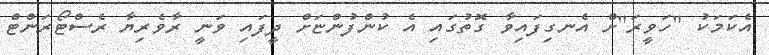
އެކަމަކު "ހަވީރަ"ށް އެނގިފައިވާ ގޮތުގައި އެ ކުންފުންޏަށް ދީފައި ވަނީ ރާވެރިޔާ ރެސްޓޯރަންޓް